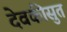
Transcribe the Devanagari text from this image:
देवकीसुत